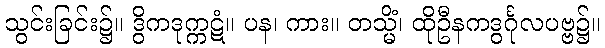
သွင်းခြင်း၌။ ဒွိကဒုက္ကဋံ။ ပန၊ ကား။ တသ္မိံ၊ ထိုဦနကဒွင်္ဂုလပဗ္ဗ၌။